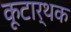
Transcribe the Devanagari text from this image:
कूटार्थक